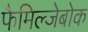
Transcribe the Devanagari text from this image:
फैमिल्जेबोक